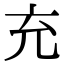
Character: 充